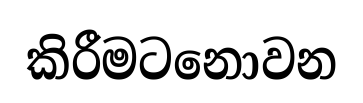
කිරීමටනොවන